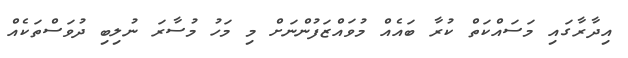
އިދާރާގައި މަސައްކަތް ކުރާ ބައެއް މުވައްޒަފުންނަށް މި މަހު މުސާރަ ނުލިބި ދުވަސްތަކެއް